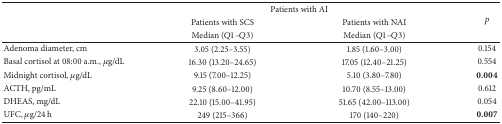
<table><thead><tr><td><b> </b></td><td colspan="2"><b>Patients with AI</b></td><td rowspan="3"><b><i>p</i></b></td></tr><tr><td><b> </b></td><td><b>Patients with SCS</b></td><td><b>Patients with NAI</b></td></tr><tr><td><b> </b></td><td><b>Median (<i>Q</i>1–<i>Q</i>3)</b></td><td><b>Median (<i>Q</i>1–<i>Q</i>3)</b></td></tr></thead><tbody><tr><td>Adenoma diameter, cm</td><td>3.05 (2.25–3.55)</td><td>1.85 (1.60–3.00)</td><td>0.154</td></tr><tr><td>Basal cortisol at 08:00 a.m., <i>μ</i>g/dL</td><td>16.30 (13.20–24.65)</td><td>17.05 (12.40–21.25)</td><td>0.554</td></tr><tr><td>Midnight cortisol, <i>μ</i>g/dL</td><td>9.15 (7.00–12.25)</td><td>5.10 (3.80–7.80)</td><td><b>0.004</b></td></tr><tr><td>ACTH, pg/mL</td><td>9.25 (8.60–12.00)</td><td>10.70 (8.55–13.00)</td><td>0.612</td></tr><tr><td>DHEAS, mg/dL</td><td>22.10 (15.00–41.95)</td><td>51.65 (42.00–113.00)</td><td>0.054</td></tr><tr><td>UFC, <i>μ</i>g/24 h</td><td>249 (215–366)</td><td>170 (140–220)</td><td><b>0.007</b></td></tr></tbody></table>